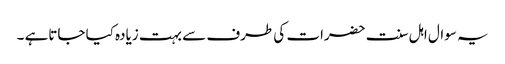
یہ سوال اہل سنت حضرات کی طرف سے بہت زیادہ کیا جاتاہے ۔